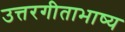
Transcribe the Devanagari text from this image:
उत्तरगीताभाष्य